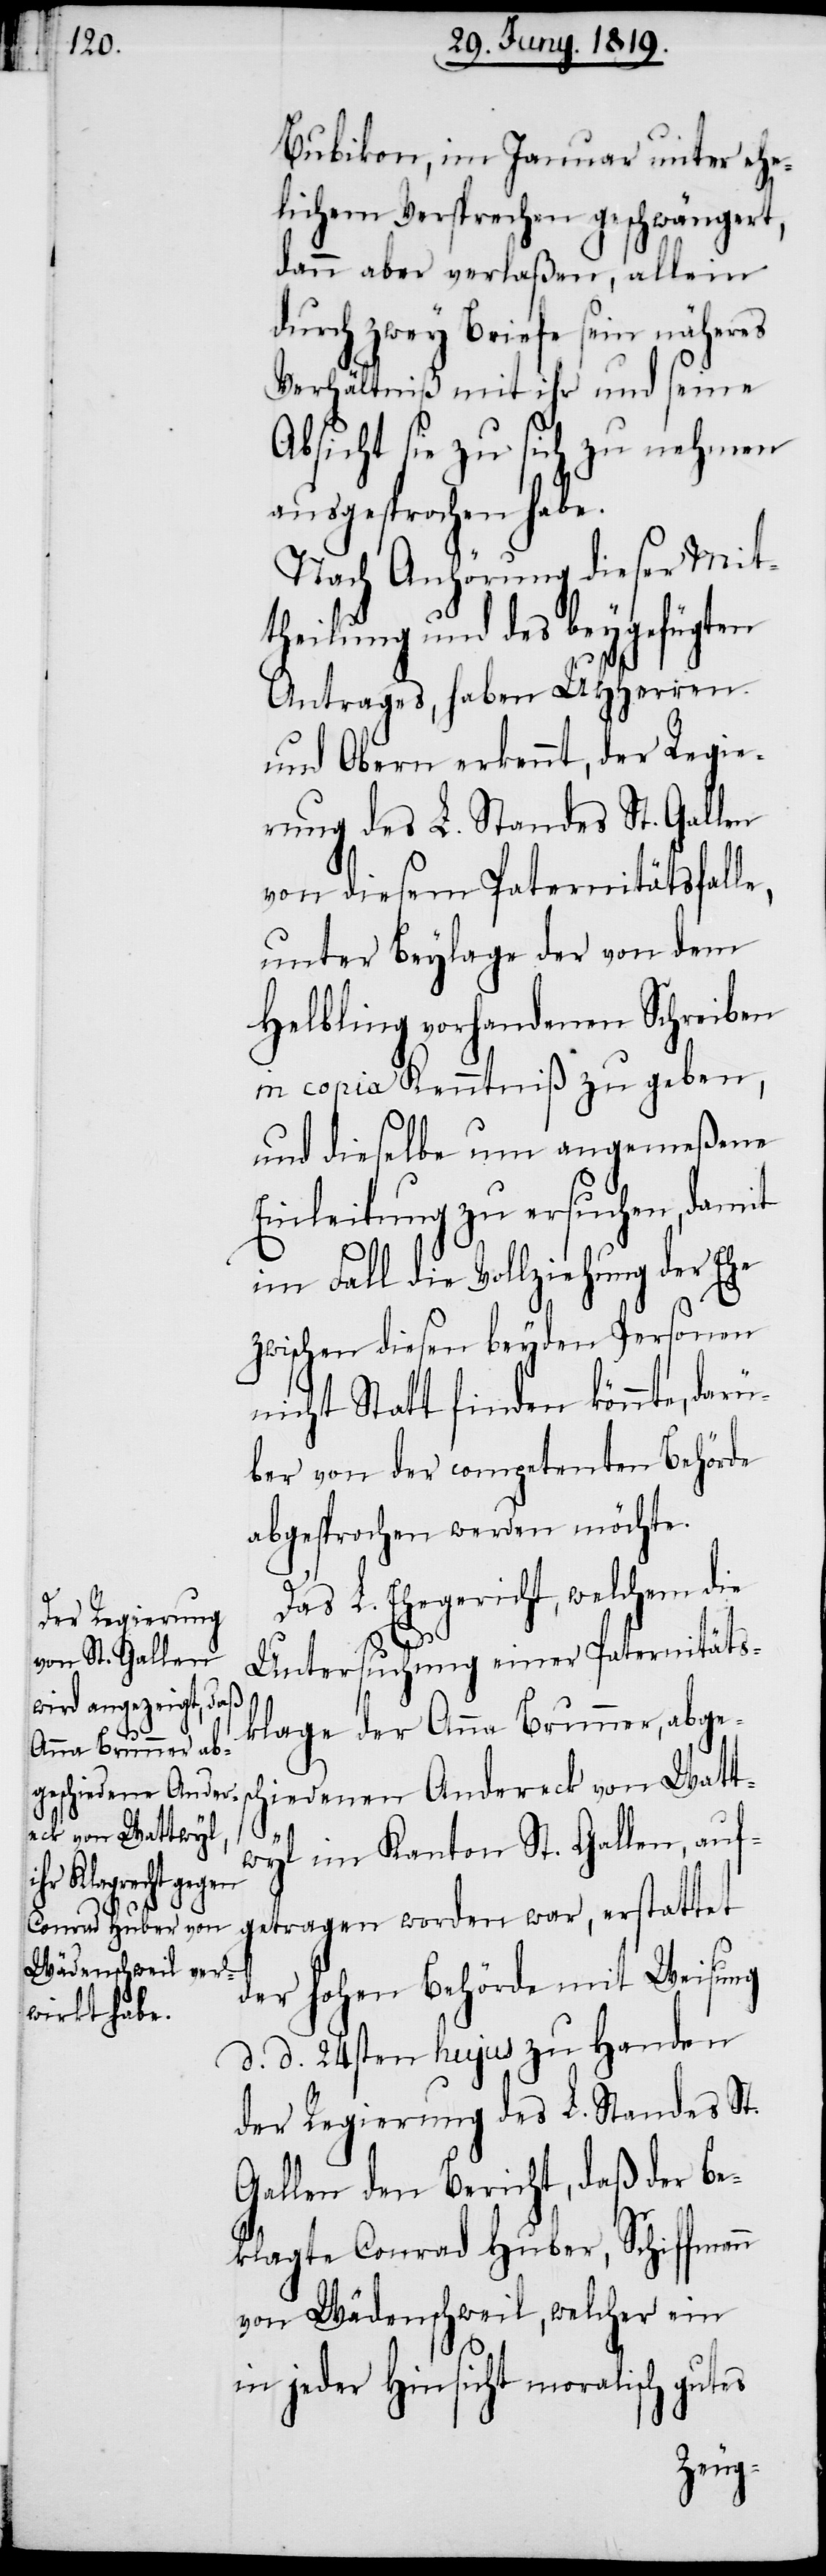
sc¬

Bubikon, im Januar unter ehe¬
lichem Versprechen geschwängert,
dann aber verlaßen, allein
durch zwey Briefe sein näheres
Verhältniß mit ihr und seine
Absicht sie zu sich zu nehmen
ausgesprochen habe.
Nach Anhörung dieser Mit¬
theilung und des beygefügten
Antrages, haben UHHerren
und Obern erkennt, der Regie¬
rung des L. Standes St. Gallen
von diesem Paternitätsfal¬
unter Beylage der von dem
Helbling vorhandenen Schreiben
in copia Kenntniß zu geben,
und dieselbe um angemeßene
Einleitung zu ersuchen, damit
im Fall die Vollziehung der Ehe
zwischen diesen beyden Personen
nicht Statt finden könnte, darü¬
ber von der competenten Behörde
abgesprochen werden möchte.
Das L. Ehegericht, welchem die
Untersuchung einer Paternitäts¬
klage der Anna Brunner, abge¬
hiedenen Andereck von Watt¬
wyl im Kanton St. Gallen, auf¬
getragen worden war, erstattet
der hohen Behörde mit Weisung
d. d. 24sten hujus zu Handen
der Regierung des L. Standes St.
Gallen den Bericht, daß der Be¬
klagte Conrad Huber, Schiffmann
von Wädenschweil, welcher ein
in jeder Hinsicht moralisch gutes